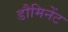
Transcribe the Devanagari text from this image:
डौमिनेंट